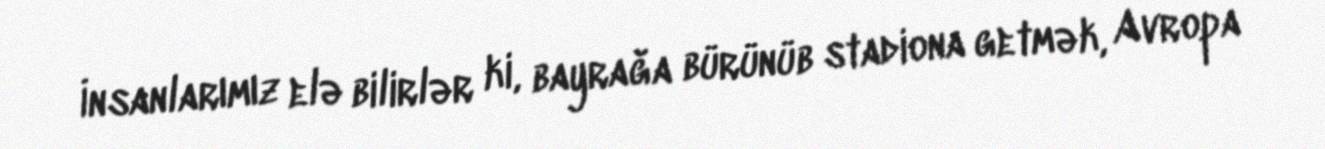
İnsanlarımız elə bilirlər ki, bayrağa bürünüb stadiona getmək, Avropa